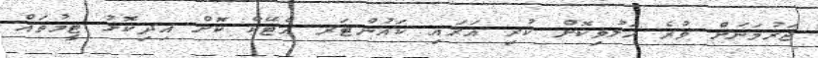
ޖަރުމަނަށް ވުރެ ހަލުވިކޮށް ކުރި އަރައި ކައުންޓަރ އެޓޭކް ކޮށް އިދިކޮޅު ޓީމުތައް